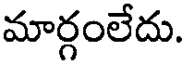
మార్గంలేదు.